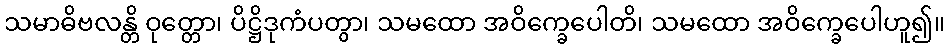
သမာဓိဗလန္တိ ဝုတ္တော၊ ပိဋ္ဌိဒုကံပတွာ၊ သမထော အဝိက္ခေပေါတိ၊ သမထော အဝိက္ခေပေါဟူ၍။